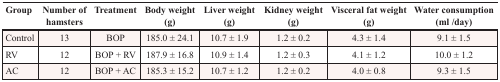
<table><thead><tr><td><b>Group</b></td><td><b>Number of hamsters</b></td><td><b>Treatment</b></td><td><b>Body weight(g)</b></td><td><b>Liver weight(g)</b></td><td><b>Kidney weight(g)</b></td><td><b>Visceral fat weight(g)</b></td><td><b>Water consumption (ml /day)</b></td></tr></thead><tbody><tr><td>Control</td><td>13</td><td>BOP</td><td>185.0 ± 24.1</td><td>10.7 ± 1.9</td><td>1.2 ± 0.2</td><td>4.3 ± 1.4</td><td>9.1 ± 1.5</td></tr><tr><td>RV</td><td>12</td><td>BOP + RV</td><td>187.9 ± 16.8</td><td>10.9 ± 1.4</td><td>1.2 ± 0.3</td><td>4.1 ± 1.2</td><td>10.0 ± 1.2</td></tr><tr><td>AC</td><td>12</td><td>BOP + AC</td><td>185.3 ± 15.2</td><td>10.7 ± 1.2</td><td>1.2 ± 0.2</td><td>4.0 ± 0.8</td><td>9.3 ± 1.5</td></tr></tbody></table>